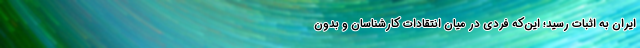
ایران به اثبات رسید؛ این‌که فردی در میان انتقادات کارشناسان و بدون